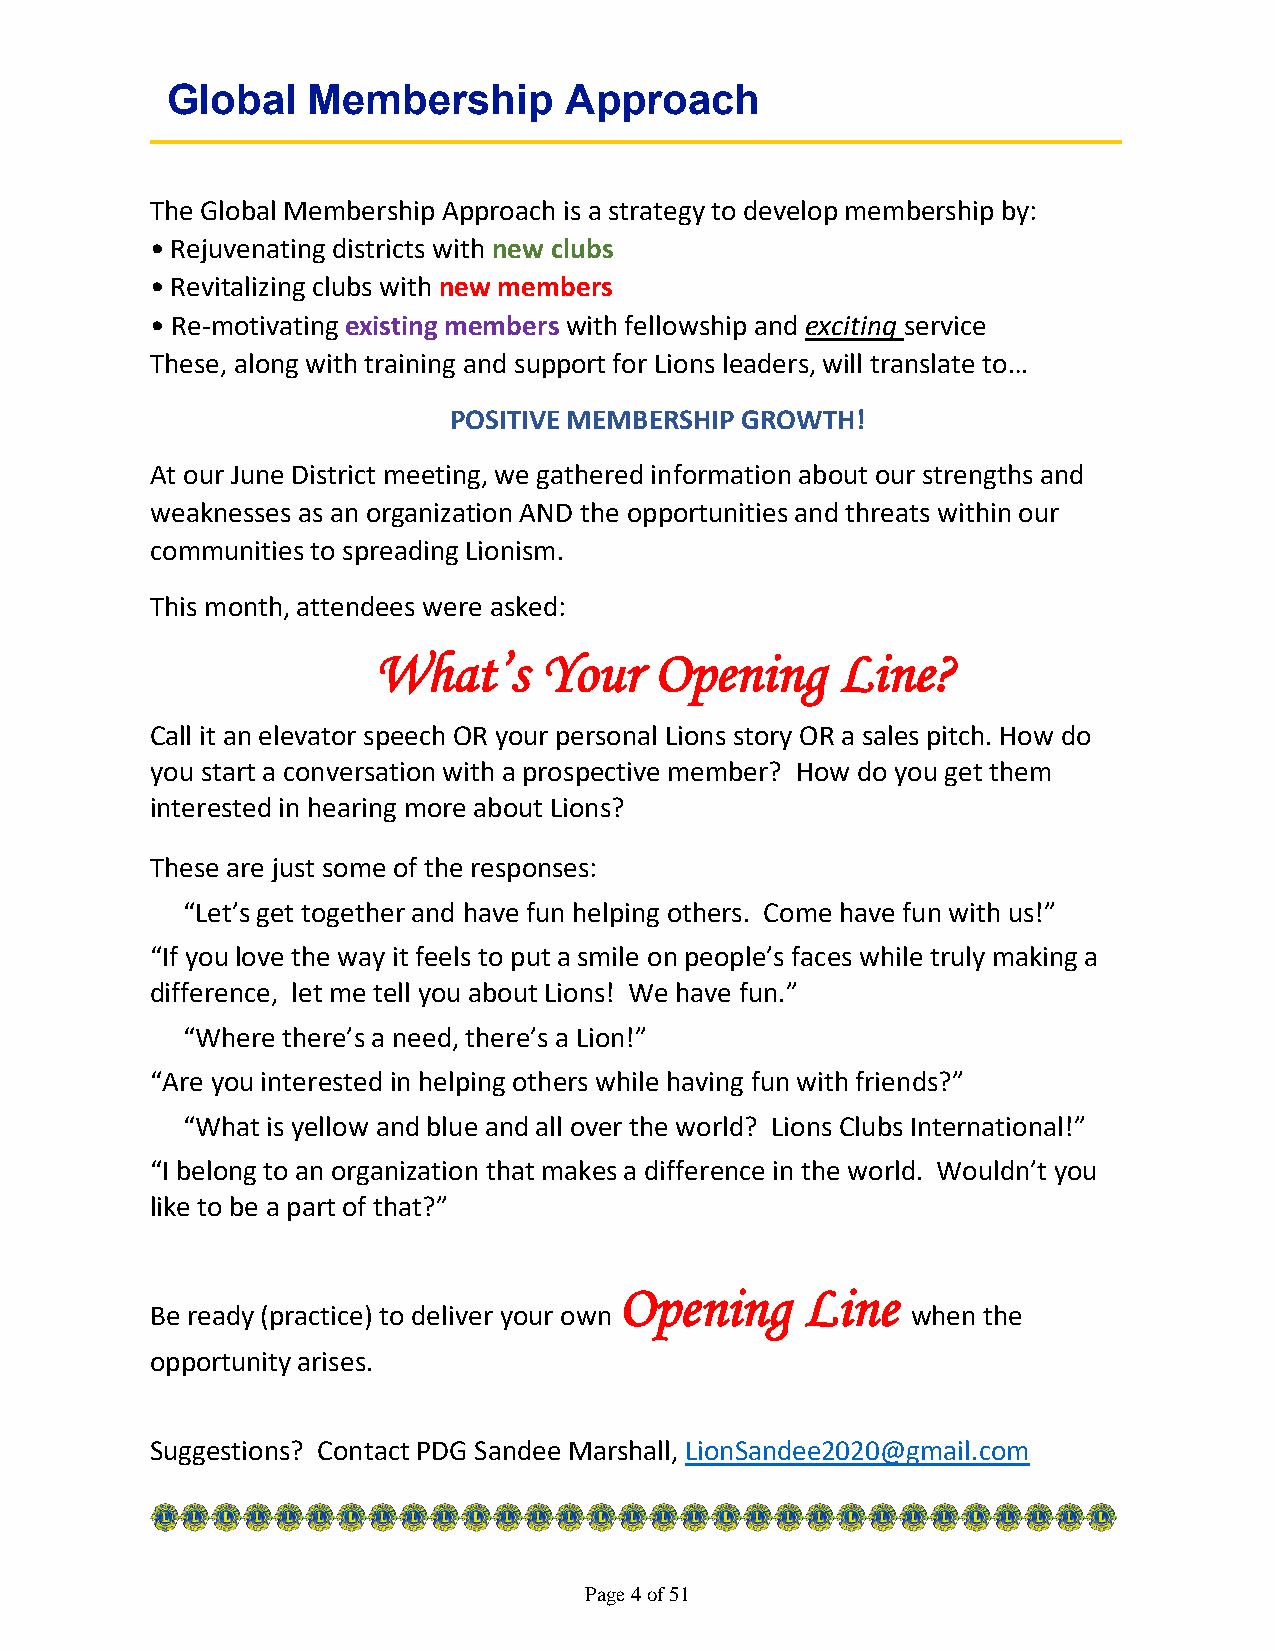
Global   Membership       Approach
 The Global Membership Approach is a strategy to develop membership by:
 • Rejuvenating districts with new clubs
 • Revitalizing clubs with new members
 • Re-motivating existing members with fellowship and exciting service
 These, along with training and support for Lions leaders, will translate to…
 POSITIVE MEMBERSHIP GROWTH!
 At our June District meeting, we gathered information about our strengths and
 weaknesses as an organization AND the opportunities and threats within our
 communities to spreading Lionism.
 This month, attendees were asked:
 What’s     Your   Opening      Line?
 Call it an elevator speech OR your personal Lions story OR a sales pitch. How do
 you start a conversation with a prospective member? How do you get them
 interested in hearing more about Lions?
 These are just some of the responses:
 “Let’s get together and have fun helping others. Come have fun with us!”
 “If you love the way it feels to put a smile on people’s faces while truly making a
 difference, let me tell you about Lions! We have fun.”
 “Where there’s a need, there’s a Lion!”
 “Are you interested in helping others while having fun with friends?”
 “What is yellow and blue and all over the world? Lions Clubs International!”
 “I belong to an organization that makes a difference in the world. Wouldn’t you
 like to be a part of that?”
 Opening     Line
 Be ready (practice) to deliver your own           when the
 opportunity arises.
 Suggestions? Contact PDG Sandee Marshall, LionSandee2020@gmail.com
 Page 4 of 51